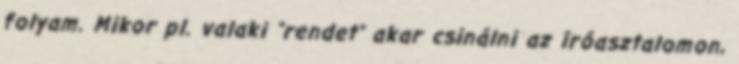
folyam. Mikor pl. valaki "rendet" akar csinálni az íróasztalomon,